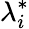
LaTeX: \lambda_{i}^{*}